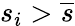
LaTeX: s_{i}>\overline{{s}}